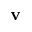
\mathbf { v }